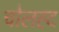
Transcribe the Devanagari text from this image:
चोलह्द